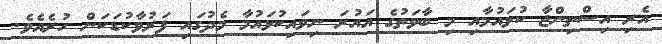
އެރި އިސްތިންޖާ ކުޅައުމާއި މި ބާވަތުގެ އައުރަ ނިވައިކުޅައުމާ މެދުގައި ފަރުވާކުޑަކަން ހުރެއެވެ.